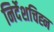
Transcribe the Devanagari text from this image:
निर्देशचिह्न